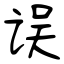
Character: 误